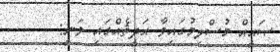
ޞަޙީޙް މުސްލިމުގައިވާ ޙަދީޘެއްގައި ވަނީ: